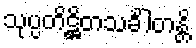
သုပ္ပတိဋ္ဌိတသင်္ခါတန္တိ